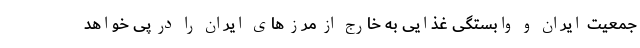
جمعیت ایران و وابستگی غذایی به خارج از مرز های ایران را در پی خواهد